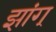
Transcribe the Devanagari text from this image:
झांग्